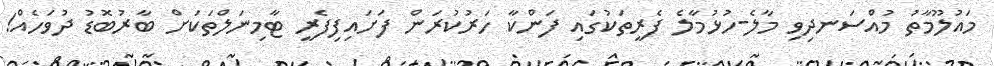
މައުލޫމާތު މުއްސަނދިވި މާލެ-ހުޅުމާލެ ފެރީތަކުގައި ފަންކާ ހަރުކުރަން ފަށައިފިފެރީ ޓާމިނަލްތަކަށް ބާރުބޮޑު ދުވަހެއް!